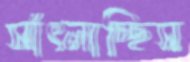
সাঁৎলাচ্ছিস